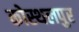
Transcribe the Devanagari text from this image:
कोस्थलपुर